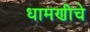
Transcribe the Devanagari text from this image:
धामणीचे